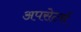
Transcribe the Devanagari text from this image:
अपसेटर्स